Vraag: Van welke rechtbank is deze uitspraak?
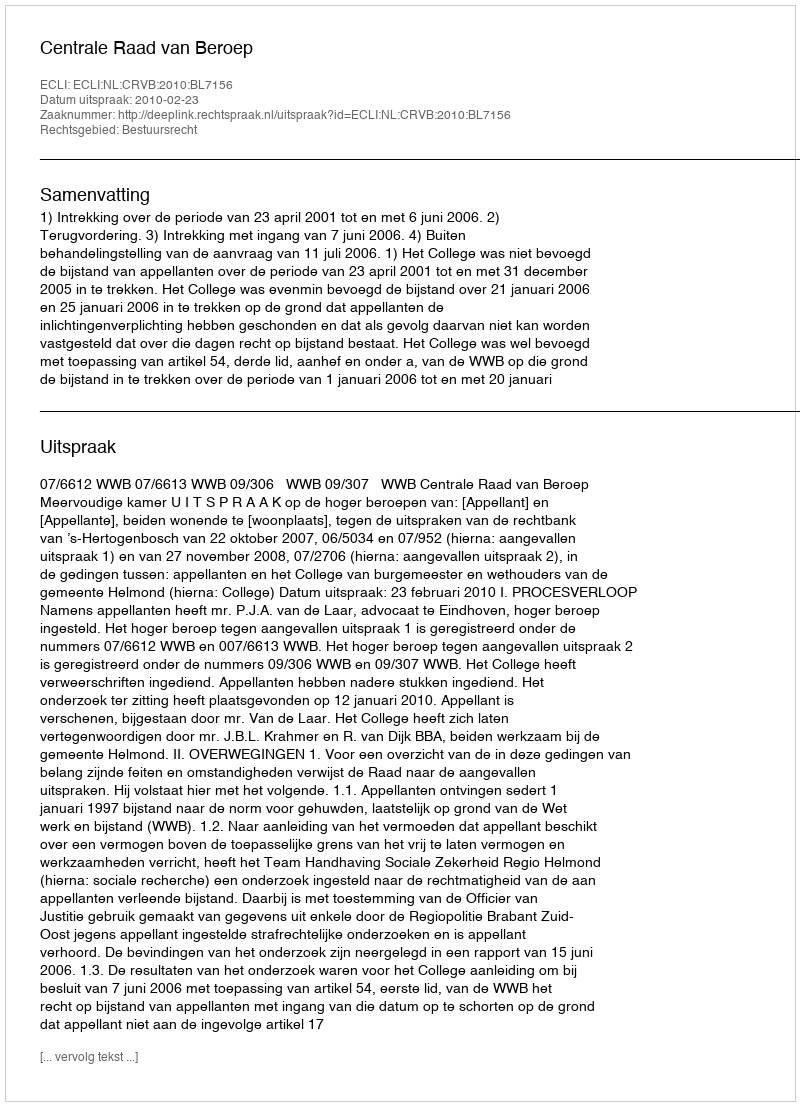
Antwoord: Centrale Raad van Beroep